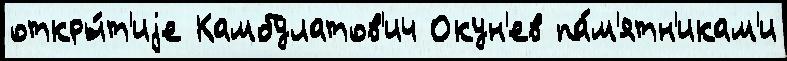
откры́т'иjе Камбулатов'ич Окун'ев па́м'ятн'икам'и